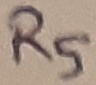
Text: R5